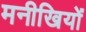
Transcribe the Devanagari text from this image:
मनीखियों